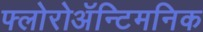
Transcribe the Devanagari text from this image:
फ्लोरोअॅन्टिमनिक